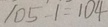
1 0 5 - 1 = 1 0 4